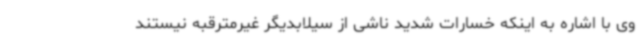
وی با اشاره به اینکه خسارات شدید ناشی از سیلابدیگر غیرمترقبه نیستند